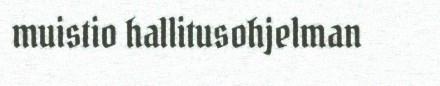
muistio hallitusohjelman